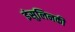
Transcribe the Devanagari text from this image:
इंसुलिनकी